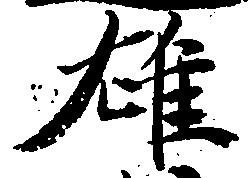
雄